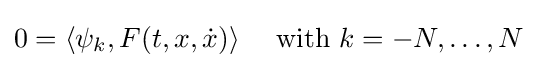
0=\langle \psi _{k},F(t,x,{\dot {x}})\rangle \quad {\text{ with }}k=-N,\ldots ,N